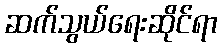
ဆက်သွယ်ရေးဆိုင်ရာ